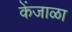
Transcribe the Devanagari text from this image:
केंजाळा